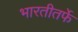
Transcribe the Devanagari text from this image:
भारतीतर्फे